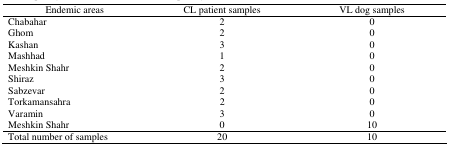
<table><thead><tr><td><b>Endemic areas</b></td><td><b>CL patient samples</b></td><td><b>VL dog samples</b></td></tr></thead><tbody><tr><td>Chabahar</td><td>2</td><td>0</td></tr><tr><td>Ghom</td><td>2</td><td>0</td></tr><tr><td>Kashan</td><td>3</td><td>0</td></tr><tr><td>Mashhad</td><td>1</td><td>0</td></tr><tr><td>Meshkin Shahr</td><td>2</td><td>0</td></tr><tr><td>Shiraz</td><td>3</td><td>0</td></tr><tr><td>Sabzevar</td><td>2</td><td>0</td></tr><tr><td>Torkamansahra</td><td>2</td><td>0</td></tr><tr><td>Varamin</td><td>3</td><td>0</td></tr><tr><td>Meshkin Shahr</td><td>0</td><td>10</td></tr><tr><td>Total number of samples</td><td>20</td><td>10</td></tr></tbody></table>